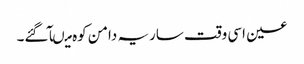
عین اسی وقت ساریہ دامن کوہ میںآ گئے۔